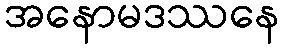
အနောမဒဿနေ